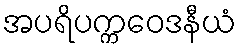
အပရိပက္ကဝေဒနီယံ